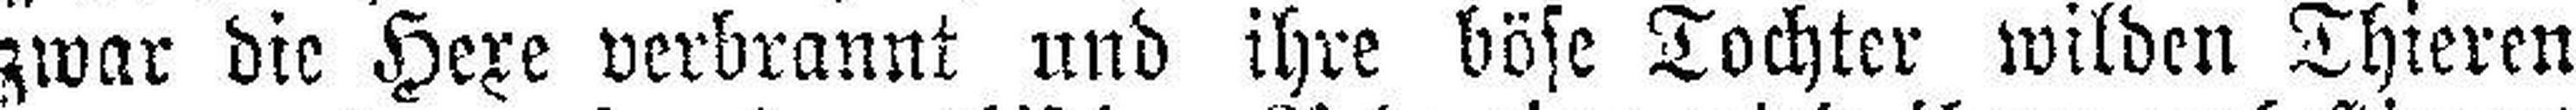
zwar die Hexe verbrannt und ihre böse Tochter wilden Thieren